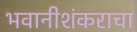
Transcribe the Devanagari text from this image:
भवानीशंकराचा